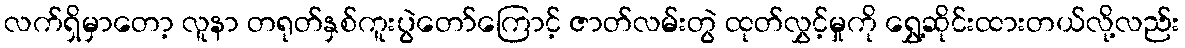
လက်ရှိမှာတော့ လူနာ တရုတ်နှစ်ကူးပွဲတော်ကြောင့် ဇာတ်လမ်းတွဲ ထုတ်လွှင့်မှုကို ရွှေ့ဆိုင်းထားတယ်လို့လည်း